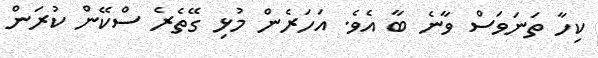
ކިހާ ތަނަވަސް ވާނެ ބާ އެވެ. އަހަރެން މުޅި ގޭތެރެ ސްކޭން ކުރަން